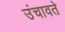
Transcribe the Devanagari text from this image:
उंचावते